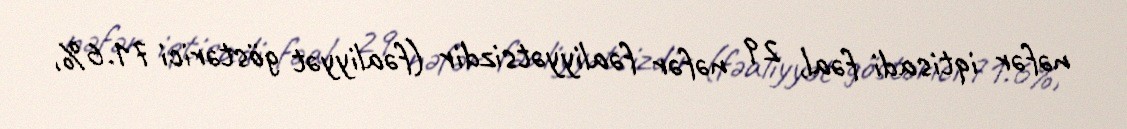
nəfər iqtisadi fəal, 29 nəfər fəaliyyətsizdir (fəaliyyət göstərici 71.6%,